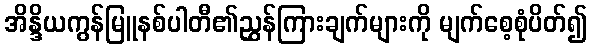
အိန္ဒိယကွန်မြူနစ်ပါတီ၏ညွှန်ကြားချက်များကို မျက်စေ့စုံပိတ်၍